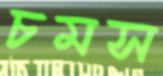
চমস